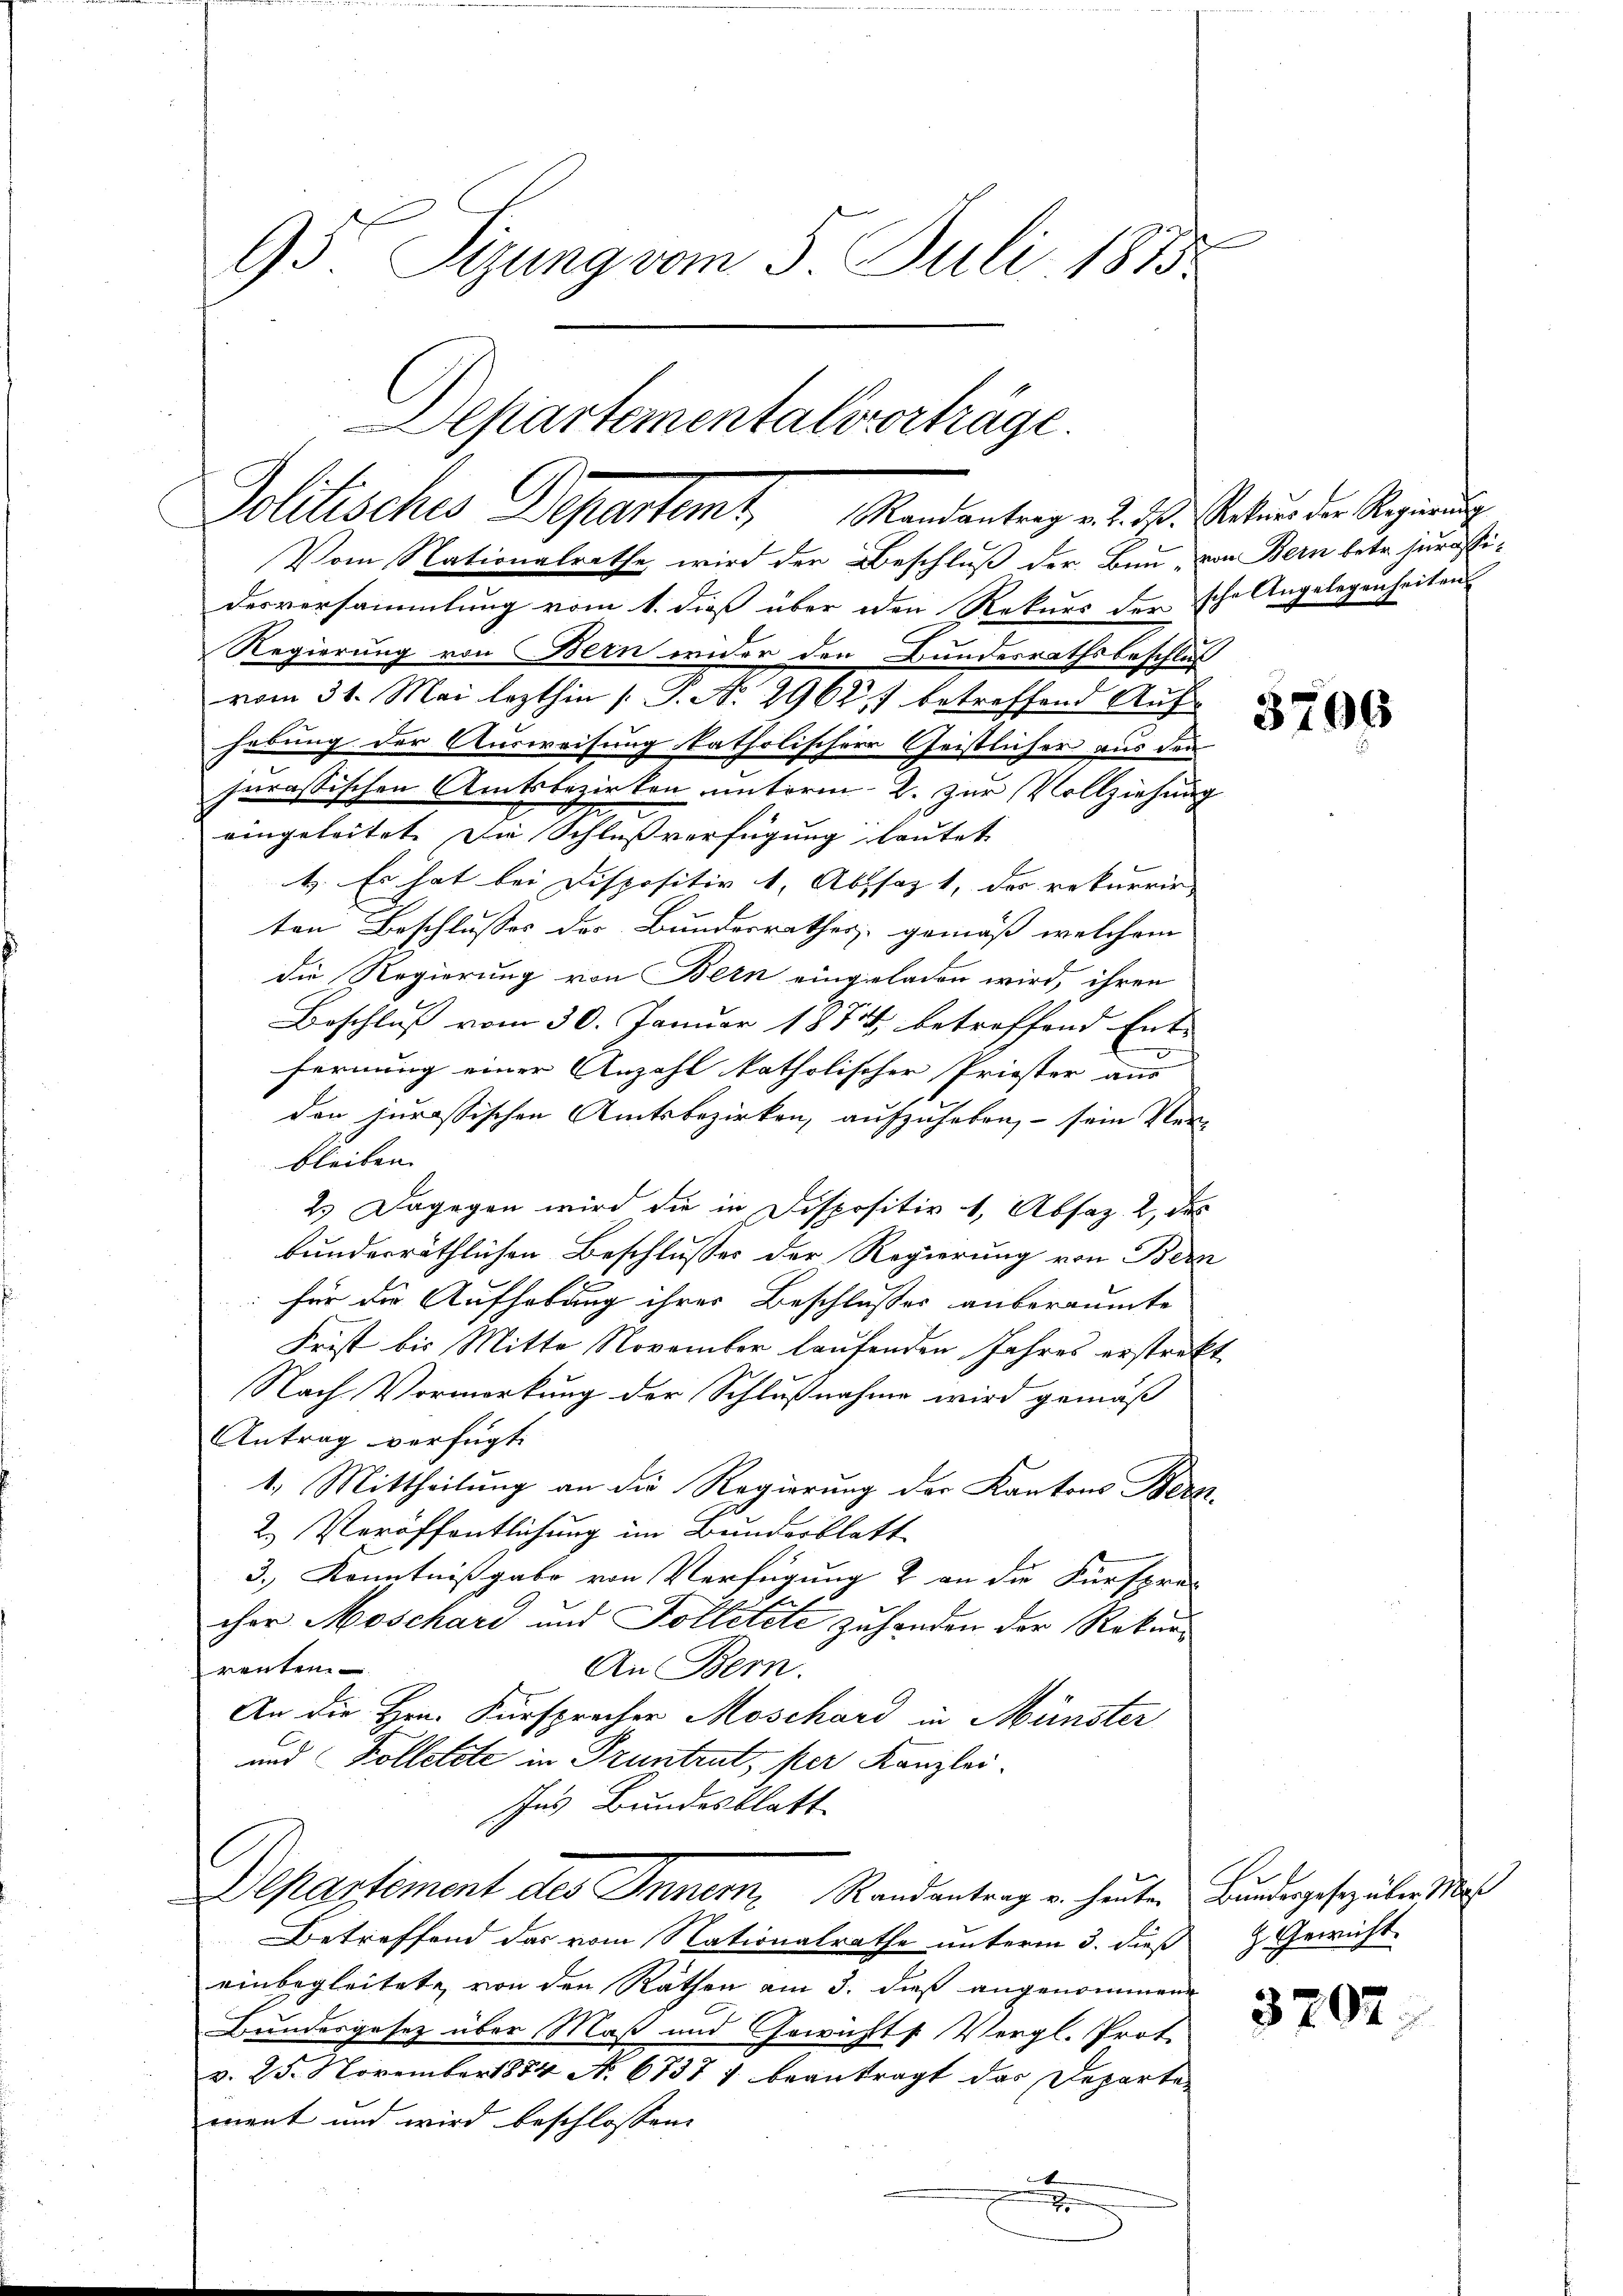
95. Sizung vom 5. Juli 1885
Departementalverträge.

Politisches Departamt, Mandantrag v. 19. Aucun die Regierung
Vom Nationalrathe wird der Beschluß der Bun, von Bern betr. jurassi¬

desversammlung vom 1. dieß über den Rekurs der sche Angelegenheiten
Regierung von Bern wider den Bundesrathsbeschluß
vom 31. Mai lezthin /: P. Nr. 29627 betreffend Auf-
hebung der Ausweisung katholischer Geistlicher aus den
jurassischen Amtsbezirken unterm 2. zur Vollziehung
2.
eingeleitet. Da Schlußverfügung lautet
1. Es hat bei Dispositiv 1, Abssaz 1, des rekurrir-
ten Beschlusses der Bundesrathes gemäß welchem
die Regierung von Bern eingeladen wird, ihren
Beschluß vom 30. Januar 1884 betreffend Ent-
.
fernung einer Anzahl katholischer Priester aus
den jurassischen Amtsbezirken, aufzuheben, – sein Ver-
bleiben. |
2. Dagegen wird die in Dispositiv 1, Absaz. 2, dies
bunderräthlichen Beschlusses der Regierung von Bern
.
für die Aufhebung ihrer Beschlusses anberaumte
Frist bis Mitte November laufenden Jahres erstrekt
Nach Vormerkung der Schlußnahme wird gemäß
Antrag verfügt:
1.) Mittheilung an die Regierung der Kantons Bern,
2. Veröffentlichung im Bunderblatt
3., Kenntnißgabe von Verfügung & an die Fürspre-
cher Moschard und Folletete zu handen der Rekurrenten.
An Bern.
An die Hrn. Fürsprecher Moschard in Münster
und Kolletete in Truntrut, per Kanzlei-
Ins Bundesblatt
Departement des Inner, Randantrag u. heuten Bundesgesezäler Mas
Betreffend das vom Nationalrathe unterm 3. dieß  Gewicht
einbegleitete, von den Räthen am 3. dieß angenommene
Bundesgesetz über Maß und Gewichts Vergl. Prote
v. 25. November 1854 N. 6737 f. beantragt das Departe
ment und wird beschlossen:
g

3706

3292.